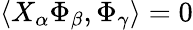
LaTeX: \langle X_{\alpha}\Phi_{\beta},\Phi_{\gamma}\rangle=0